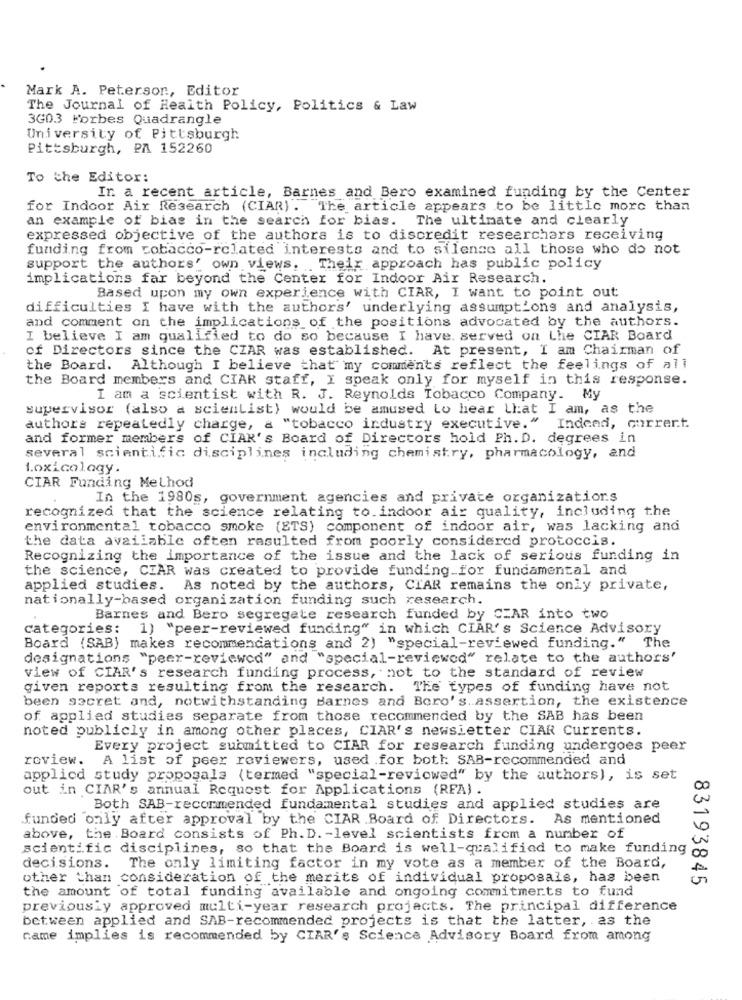
Mark A. Peterson, Editor
The Journal of Health Policy, Politics & Law
3603 Forbes Quadrangle
University of Pittsburgh
Pittsburgh, PA 152260
To the Editor:
In a recent article, Barnes and Bero examined funding by the Center
for Indoor Air Research (CIAR) . The article appears to be little more than
an example of bias in the search for bias. The ultimate and clearly
expressed objective of the authors is to discredit researchers receiving
funding from tobacco-related interests and to silence all those who do not
support the authors' own views. Their approach has public policy
implications far beyond the Center for Indoor Air Research.
Based upon my own experience with CIAR, I want to point out
difficulties I have with the authors' underlying assumptions and analysis,
and comment on the implications of the positions advocated by the authors.
I believe I am qualified to do so because I have. served on Lhe CIAR Board
of Directors since the CZAR was established. At present, I am Chairman of
the Board. Although I believe that my comments reflect the feelings of all
the Board members and CIAR staff, I speak only for myself in this response.
I am a scientist with R. J. Reynolds Tobacco Company. My
supervisor (also a scientist) would be amused Lo hear that I am, as the
authors repeatedly charge, a "tobacco industry executive."
Indeed, current.
and former members of CIAK's Board of Directors hold Ph. D. degrees in
several scientific disciplines including chemistry, pharmacology, and
1.oxicology.
CIAR Funding Method
In the 1980s, government agencies and private organizations
recognized that the science relating to.indoor air quality, including the
environmental tobacco smoke (ETS) component of indoor air, was lacking and
the data available often rasulted from poorly considered protoccis.
Recognizing the importance of the issue and the lack of serious funding in
the science, CIAR was created to provide funding for fundamental and
applied studies. As noted by the authors, CIAR remains the only private,
nationally-based organization funding such research.
Barnes and Bero segregate research funded by CIAR into two
categories: 1) "peer-reviewed funding" in which CIAR's Science Advisory
Board (SAB) makes recommendations and 2) "special-reviewed funding." The
designations "peer-reviewed" and "special-reviewed" relate to the authors'
view of CIAR's research funding process, not to the standard of review
given reports resulting from the research. The types of funding have not
been secret and, notwithstanding Barnes and Boro's. assertion, the existence
of applied studies separate from those recommended by the SAB has been
noted publicly in among other places, CIAR's newsietter CIAR Currents.
Every project submitted to CIAR for research funding undergoes peer
review. A list of peer reviewers, used for both: SAB-recommended and
applied study proposals (termed "special-reviewed" by the authors), is set
out in CIAR's annual Request for Applications (RFA) .
Both SAB-recommended fundamental studies and applied studies are
funded only after approval by the CIAR Board of Directors. As mentioned
above, the Board consists of Ph. D. - level scientists from a number of
scientific disciplines, so that the Board is well-qualified to make funding
decisions. The only limiting factor in my vote as a member of the Board,
other than consideration of the merits of individual proposals, has been
83193845
the amount of total funding available and ongoing commitments to fund
previously approved multi-year research projects. The principal difference
between applied and SAB-recommended projects is that the latter, as the
name implies is recommended by CIAR's Science Advisory Board from among